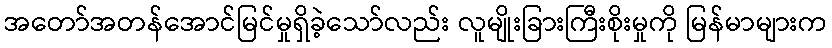
အတော်အတန်အောင်မြင်မှုရှိခဲ့သော်လည်း လူမျိုးခြားကြီးစိုးမှုကို မြန်မာများက